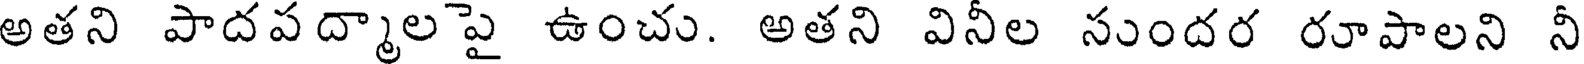
అతని పాదపద్మాలపై ఉంచు. అతని వినీల సుందర రూపాలని నీ